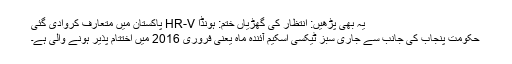
یہ بھی پڑھیں: انتظار کی گھڑیاں ختم: ہونڈا HR-V پاکستان میں متعارف کروادی گئی
حکومت پنجاب کی جانب سے جاری سبز ٹیکسی اسکیم آئندہ ماہ یعنی فروری 2016 میں اختتام پذیر ہونے والی ہے۔